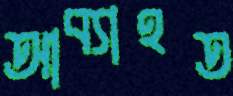
আব্যাহত